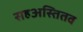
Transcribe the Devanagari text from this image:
सहअस्तितव